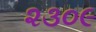
૨૩૦૯